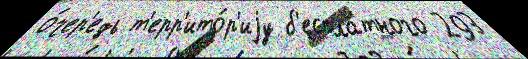
о́чер'едь т'ерр'ито́р'иjу б'еспла́тного 293